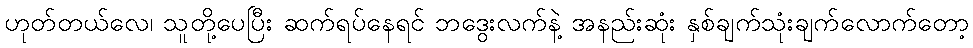
ဟုတ်တယ်လေ၊ သူတို့ပေပြီး ဆက်ရပ်နေရင် ဘဒွေးလက်နဲ့ အနည်းဆုံး နှစ်ချက်သုံးချက်လောက်တော့